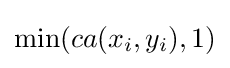
\min(ca(x_{i},y_{i}),1)